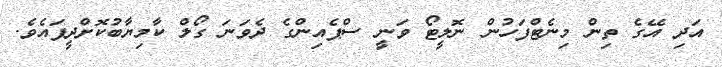
އަދި އޭގެ ތިން މިނެޓްފަހުން ނޮލީޓޯ ވަނީ ސްޕެއިންގެ ދެވަނަ ގޯލް ކާމިޔާބުކޮށްދީފައެވެ.